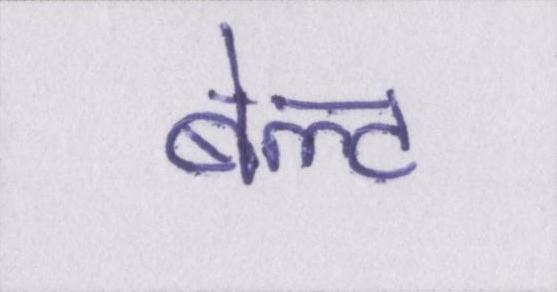
बेल्ट